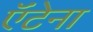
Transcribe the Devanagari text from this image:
ऍंटेना